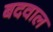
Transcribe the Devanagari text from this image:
बदवाल